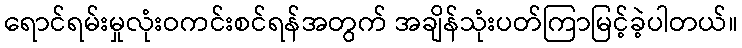
ရောင်ရမ်းမှုလုံးဝကင်းစင်ရန်အတွက် အချိန်သုံးပတ်ကြာမြင့်ခဲ့ပါတယ်။